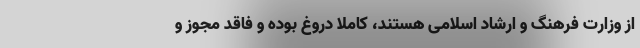
از وزارت فرهنگ و ارشاد اسلامی هستند، کاملا دروغ بوده و فاقد مجوز و